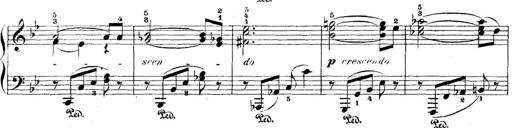
Title: 5 Sonatinas
Composer: Theodor Kirchner